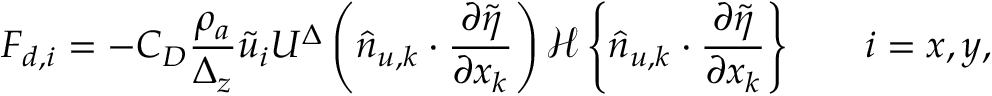
{ F } _ { d , i } = - C _ { D } \frac { \rho _ { a } } { \Delta _ { z } } \widetilde { u } _ { i } U ^ { \Delta } \left( \widehat { n } _ { u , k } \cdot \frac { \partial \widetilde { \eta } } { \partial x _ { k } } \right) { \mathcal { H } \left\{ \widehat { n } _ { u , k } \cdot \frac { \partial \widetilde { \eta } } { \partial x _ { k } } \right\} } \qquad i = x , y ,